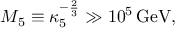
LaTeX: M _ { 5 } \equiv \kappa _ { 5 } ^ { - { \frac { 2 } { 3 } } } \gg 1 0 ^ { 5 } \, \mathrm { G e V } ,